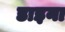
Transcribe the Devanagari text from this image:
डाइना